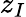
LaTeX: z_{I}